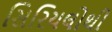
સિરિયલોથી